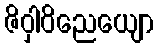
ဇိဝှါဝိညေယျော